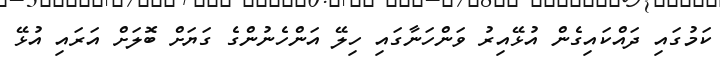
ކަމުގައި ދައްކައިގެން އުޅޭއިރު ވަންހަނާގައި ހިލޭ އަންހެނުންގެ ގަޔަށް ބޮލަށް އަރައި އުޅޭ